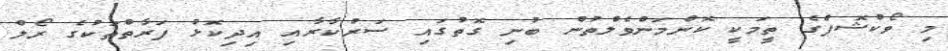
މި ވޯކްޝޮޕްގެ ތީމަކީ ކޮންމަންވެލްތުން ބުނި ގޮތުގައި ސަރުކާރާއި އިދިކޮޅު ފަރާތްތަކުގެ ރޯލް